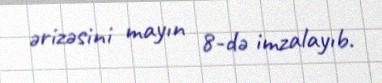
ərizəsini mayın 8-də imzalayıb.